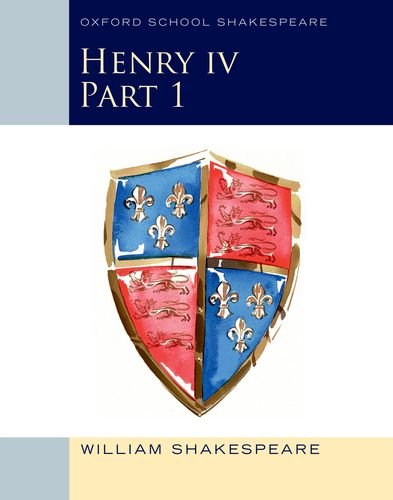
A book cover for Henry IV Part 1: Oxford School Shakespeare (Oxford School Shakespeare Series); William Shakespeare; Literature & Fiction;